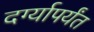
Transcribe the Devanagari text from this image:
दर्ग्यापर्यंत